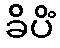
ခိပိံ